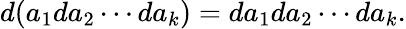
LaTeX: d(a_{1}da_{2}\cdots da_{k})=da_{1}da_{2}\cdots da_{k}.